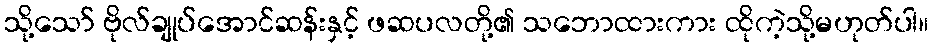
သို့သော် ဗိုလ်ချုပ်အောင်ဆန်းနှင့် ဖဆပလတို့၏ သဘောထားကား ထိုကဲ့သို့မဟုတ်ပါ။